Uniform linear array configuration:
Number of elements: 32
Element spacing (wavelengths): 0.5
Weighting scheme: hann
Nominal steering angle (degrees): -45
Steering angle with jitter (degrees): -45.667
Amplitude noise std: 0.05
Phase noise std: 0.05

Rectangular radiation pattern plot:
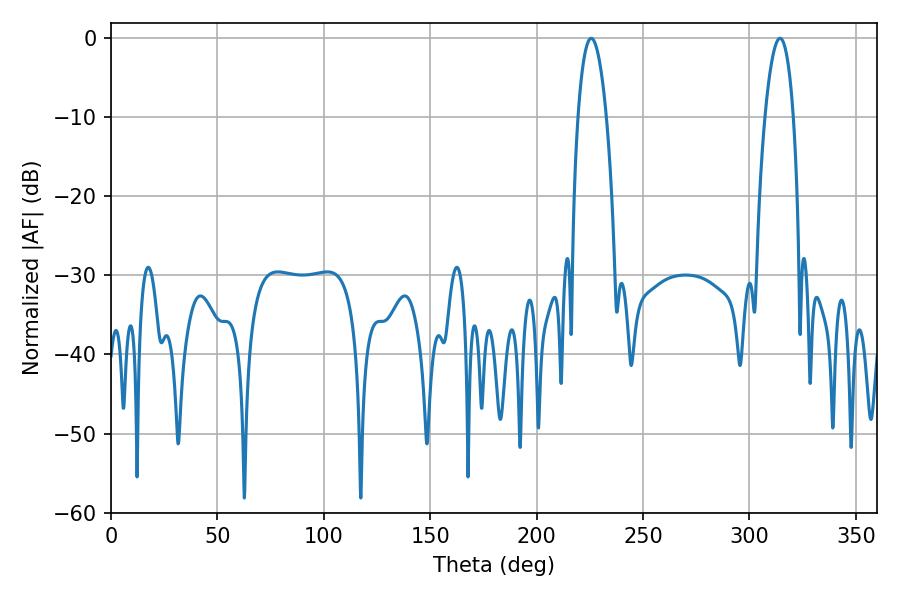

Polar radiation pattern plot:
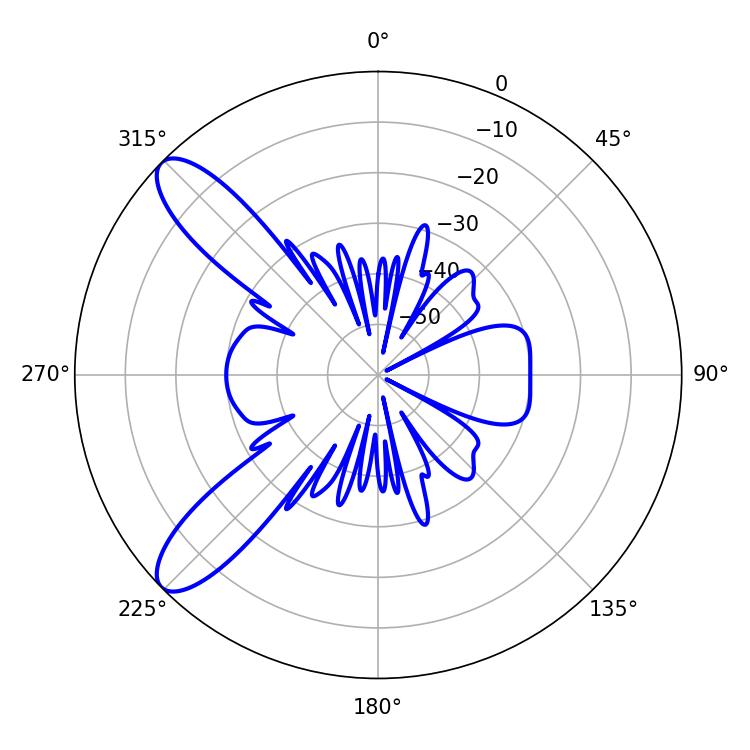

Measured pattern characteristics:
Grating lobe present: FALSE
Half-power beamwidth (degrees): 7.38
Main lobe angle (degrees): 225.72